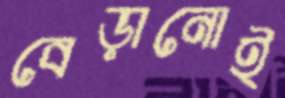
বেড়ানোই